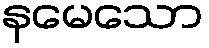
နမေသော